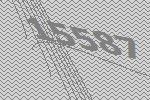
15587